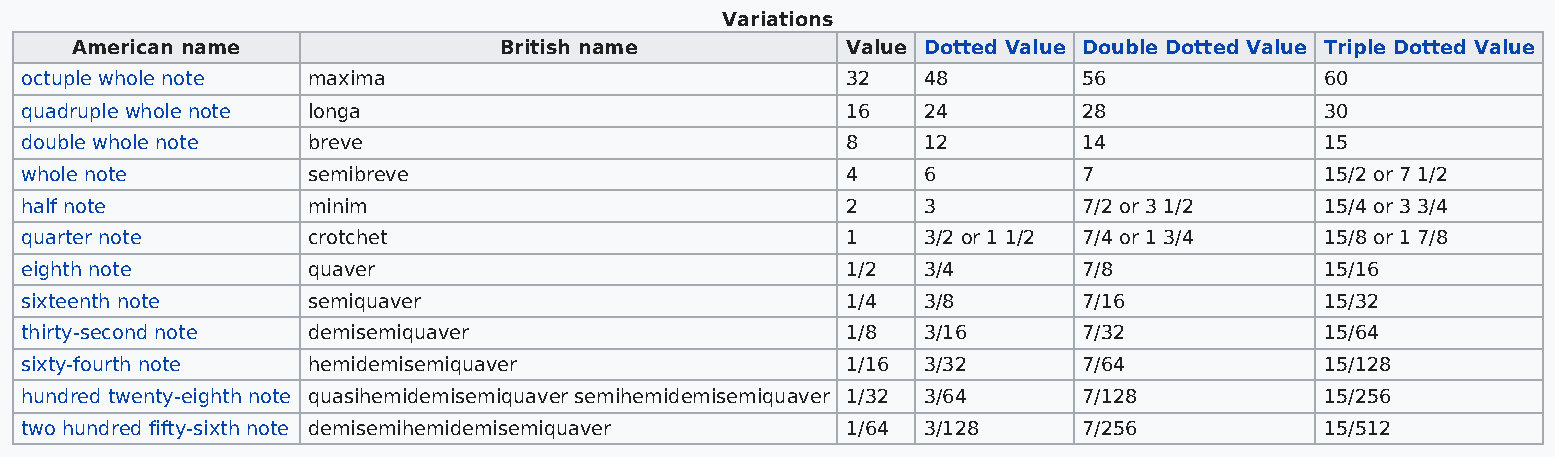
Variations
 American name               British name           Value Dotted Value Double Dotted Value Triple Dotted Value
 octuple whole note maxima                              32   48         56              60
 quadruple whole note longa                             16   24         28              30
 double whole note  breve                               8    12         14              15
 whole note         semibreve                           4    6          7               15/2 or 7 1/2
 half note          minim                               2    3          7/2 or 3 1/2    15/4 or 3 3/4
 quarter note       crotchet                            1    3/2 or 1 1/2 7/4 or 1 3/4  15/8 or 1 7/8
 eighth note        quaver                              1/2  3/4        7/8             15/16
 sixteenth note     semiquaver                          1/4  3/8        7/16            15/32
 thirty-second note demisemiquaver                      1/8  3/16       7/32            15/64
 sixty-fourth note  hemidemisemiquaver                  1/16 3/32       7/64            15/128
 hundred twenty-eighth note quasihemidemisemiquaver semihemidemisemiquaver 1/32 3/64 7/128 15/256
 two hundred fifty-sixth note demisemihemidemisemiquaver 1/64 3/128     7/256           15/512